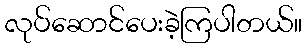
လုပ်ဆောင်ပေးခဲ့ကြပါတယ်။